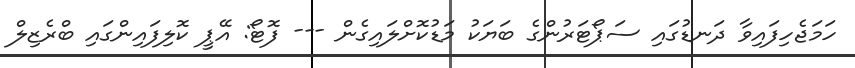
ހަމަޖެހިފައިވާ ދަނޑުގައި ސަޕޯޓަރުންގެ ބަޔަކު މަޑުކޮށްލައިގެން --- ފޮޓޯ: އޭޕީ ކޮލިފައިންގައި ބްރެޒިލް